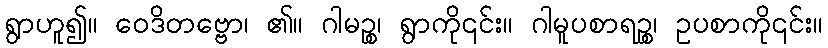
ရွာဟူ၍။ ဝေဒိတဗ္ဗော၊ ၏။ ဂါမဉ္စ၊ ရွာကို၎င်း။ ဂါမူပစာရဉ္စ၊ ဥပစာကို၎င်း။